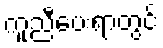
ကူညီပေးရာတွင်